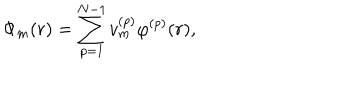
\Phi _ { m } ( r ) = \sum _ { p = 1 } ^ { N - 1 } v _ { m } ^ { ( p ) } \varphi ^ { ( p ) } ( r ) ,